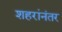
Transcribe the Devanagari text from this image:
शहरांनंतर